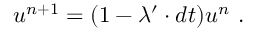
u ^ { n + 1 } = ( 1 - \lambda ^ { \prime } \cdot d t ) u ^ { n } \ .